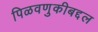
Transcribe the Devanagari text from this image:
पिळवणुकीबद्दल